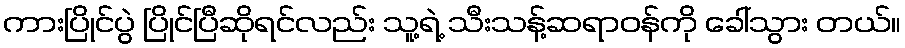
ကားပြိုင်ပွဲ ပြိုင်ပြီဆိုရင်လည်း သူ့ရဲ့ သီးသန့်ဆရာဝန်ကို ခေါ်သွား တယ်။